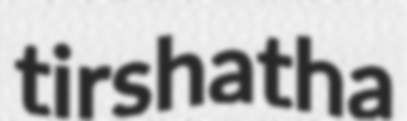
tirshatha